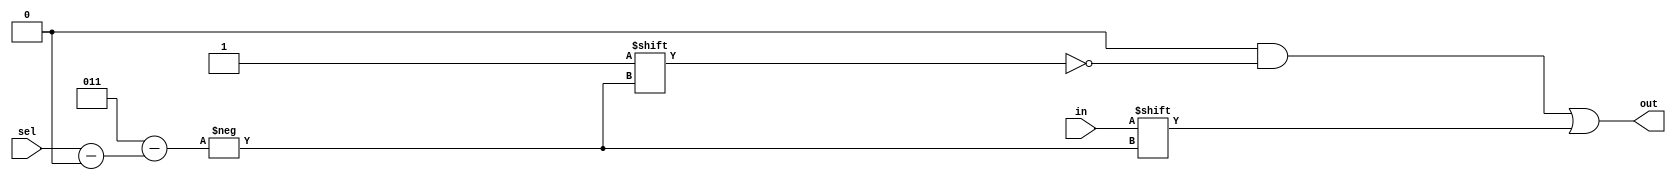
module demux1to
#(parameter N = 2)
(
	input wire [N-1 : 0] sel,
	input wire in,
	output reg [0 : (1<<N)-1] out
);

   always @(*) begin
      out = 0;
      out[sel] = in;
   end

endmodule